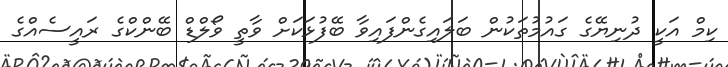
ކިމް އަކީ ދުނިޔޭގެ ގައުމުތަކުން ބަލައިގެންފައިވާ ބޭފުޅަކަށް ވާތީ ވޯލްޑް ބޭންކްގެ ރައީސެއްގެ